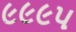
૯૯૯૫